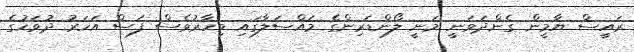
ރައީސް ޔާމީން ގެންދަވަނީ މަނީ ލޯންޑަރިންގެ މައްސަލާގައި މިހާރުވެސް ފަސް އަހަރު ދުވަހުގެ